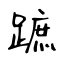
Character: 蹠